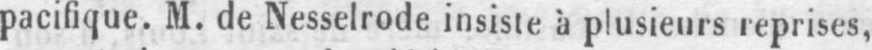
pacifique. M. de Nesselrode insiste à plusieurs reprises,